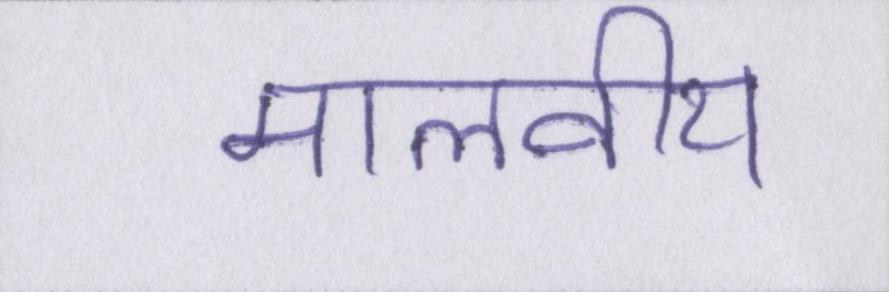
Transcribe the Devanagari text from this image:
मालवीय